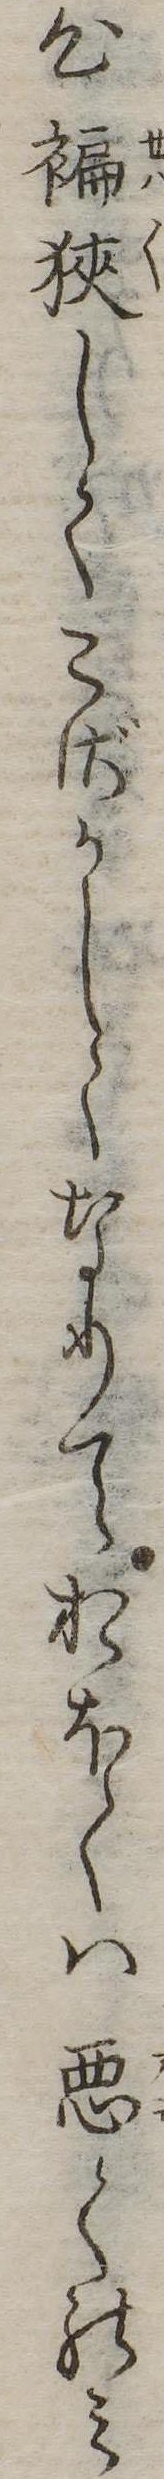
心褊狭しくこざかしくなりておほくは悪くのみ